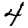
Digit: 4